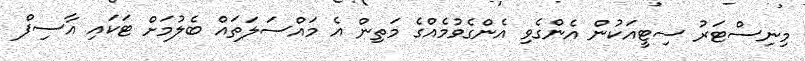
މިނިސްޓަރު ސިޓީއަކުން އެންގެވި އެންގެވުމެއްގެ މަތިން އެ މައްސަލަތައް ބެލުމަށް ޓަކައި އާސިފް